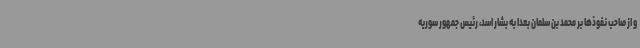
و از صاحب نفوذها بر محمد بن سلمان بعدا به بشار اسد، رئیس جمهور سوریه